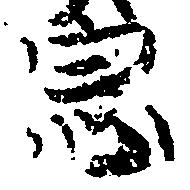
宗